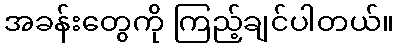
အခန်းတွေကို ကြည့်ချင်ပါတယ်။